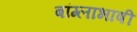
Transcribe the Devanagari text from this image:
बांग्‍लाभाषी